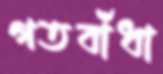
গতবাঁধা